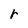
Character: r